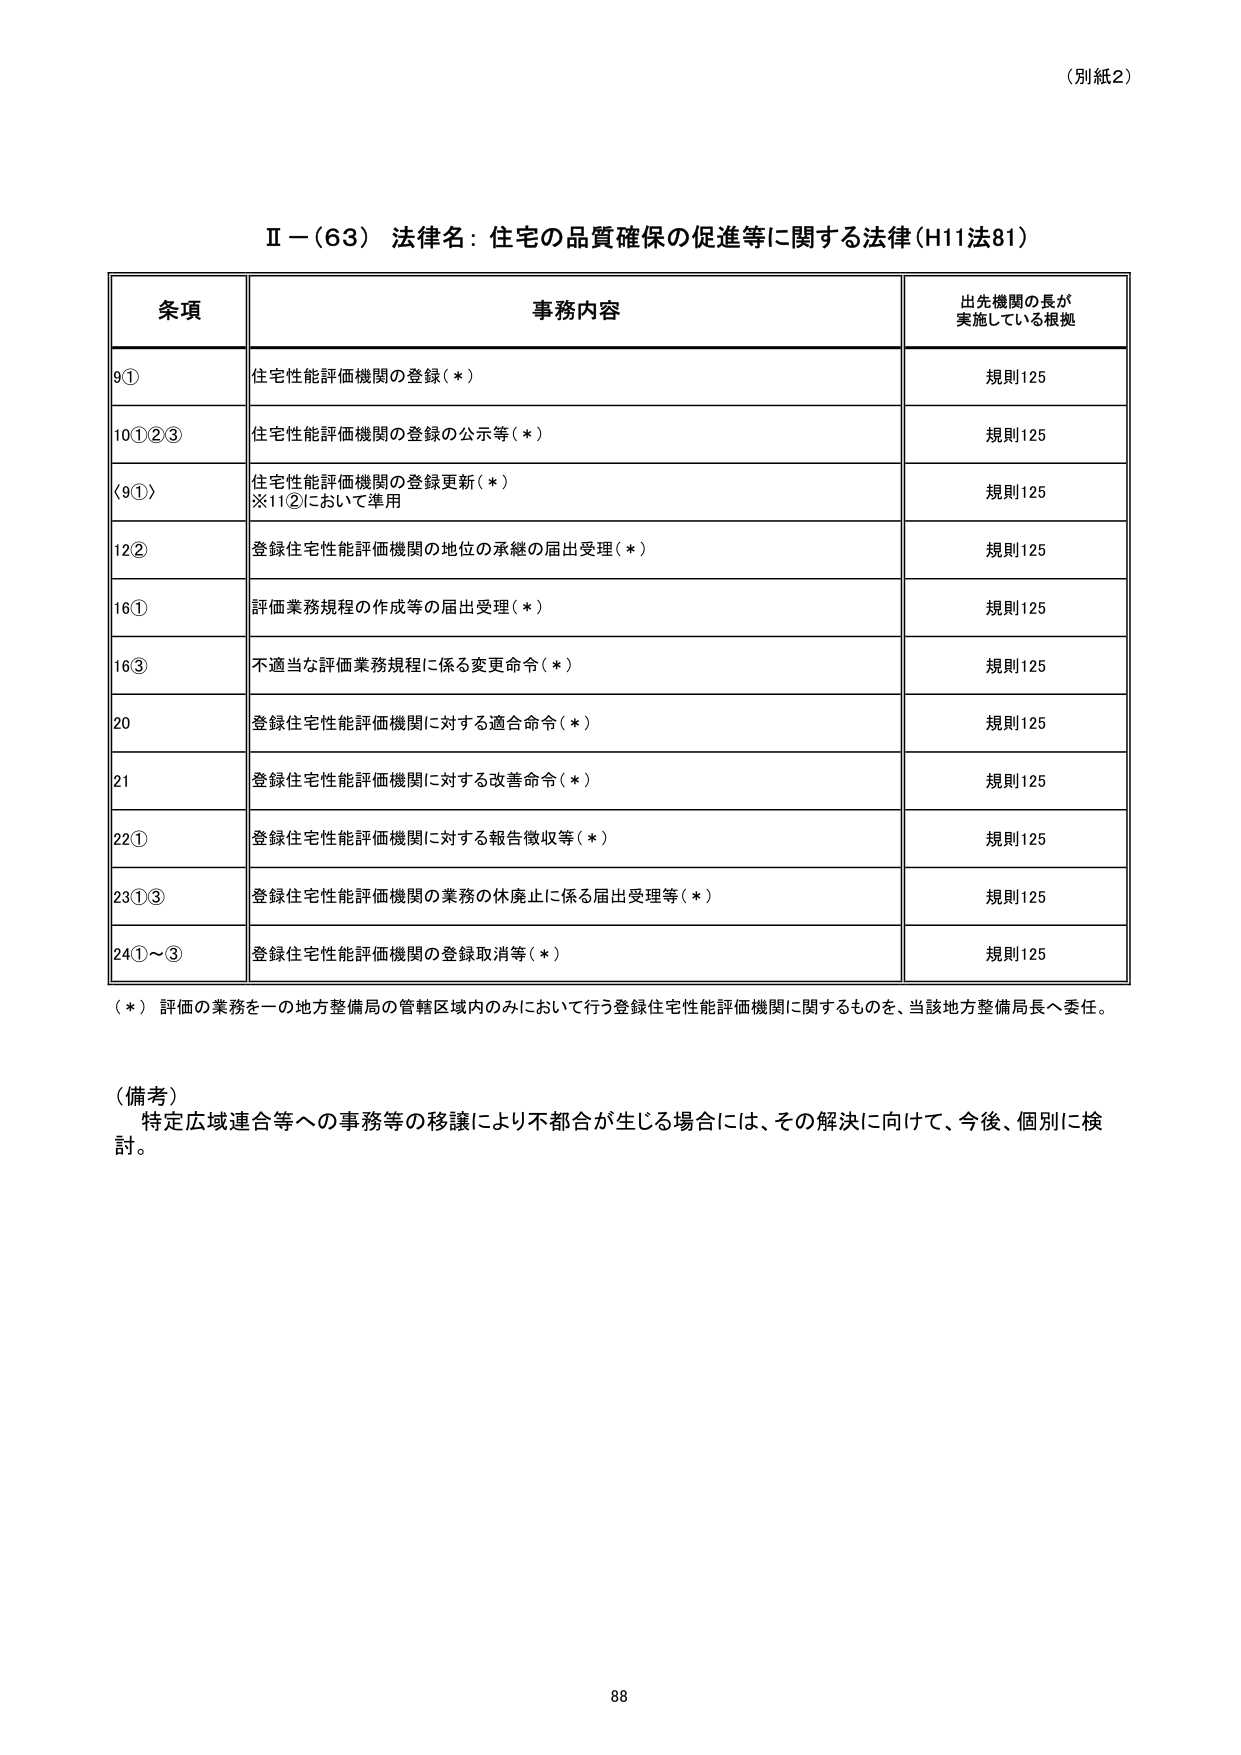
（別紙2）

Ⅱ－（63） 法律名：住宅の品質確保の促進等に関する法律（H11法81）

条項 事務内容 出先機関の長が 実施している根拠
9① 住宅性能評価機関の登録（＊） 規則125
10①②③ 住宅性能評価機関の登録の公示等（＊） 規則125
〈9①〉 住宅性能評価機関の登録更新（＊） ※11②において準用 規則125
12② 登録住宅性能評価機関の地位の承継の届出受理（＊） 規則125
16① 評価業務規程の作成等の届出受理（＊） 規則125
16③ 不適当な評価業務規程に係る変更命令（＊） 規則125
20 登録住宅性能評価機関に対する適合命令（＊） 規則125
21 登録住宅性能評価機関に対する改善命令（＊） 規則125
22① 登録住宅性能評価機関に対する報告徴収等（＊） 規則125
23①③ 登録住宅性能評価機関の業務の休廃止に係る届出受理等（＊） 規則125
24①～③ 登録住宅性能評価機関の登録取消等（＊） 規則125

（＊）評価の業務を一の地方整備局の管轄区域内のみにおいて行う登録住宅性能評価機関に関するものを、当該地方整備局長へ委任。

（備考）
特定広域連合等への事務等の移譲により不都合が生じる場合には、その解決に向けて、今後、個別に検討。

88